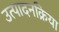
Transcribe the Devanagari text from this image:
उत्पादनक्रिया